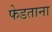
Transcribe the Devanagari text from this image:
फेडताना